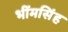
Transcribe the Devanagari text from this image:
भींमसिंह